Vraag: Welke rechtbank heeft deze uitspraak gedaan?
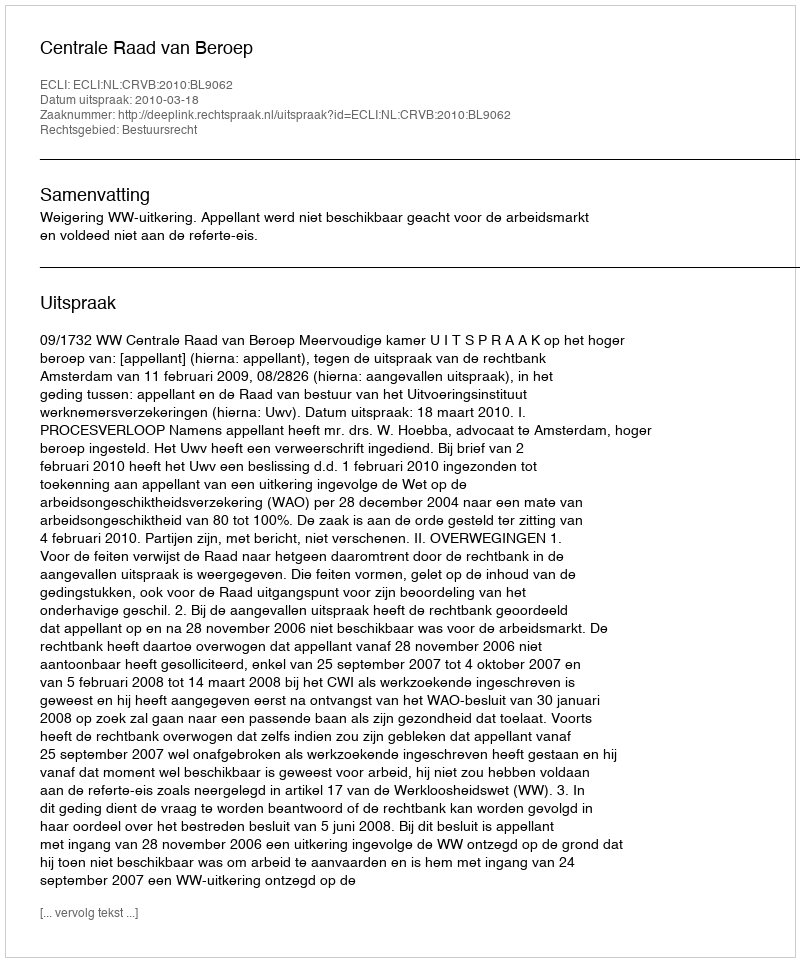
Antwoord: Centrale Raad van Beroep